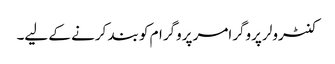
کنٹرولر پروگرامر پروگرام کو بند کرنے کے لیے۔